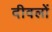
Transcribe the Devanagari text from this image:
दीवलों